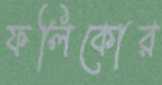
ফলিকোর